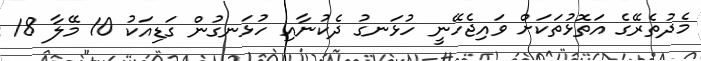
މެދުތެރޭގެ އަތޮޅުތަކަށް ވައިޖެހޭނީ ހުޅަނގު ދެކުނާއި ހުޅަނގުން ގަޑިއަކު 10 މޭލާ 18